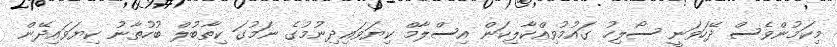
މިކަމުންވެސް ދޭހަވަނީ ސޯލިހު ގައުމުވިއްކާލިކަން އިސްލާމް ކިޔަވައިދިނުމުގެ ނަމުގަ ކިތާބުލް ބުހުތާނު ކިޔަވައިދޭން